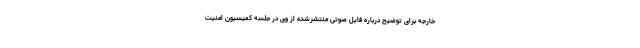
خارجه برای توضیح درباره فایل صوتی منتشرشده از وی در جلسه کمیسیون امنیت